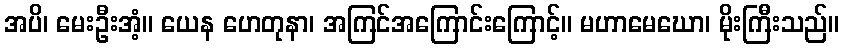
အပိ၊ မေးဦးအံ့။ ယေန ဟေတုနာ၊ အကြင်အကြောင်းကြောင့်။ မဟာမေဃော၊ မိုးကြီးသည်။